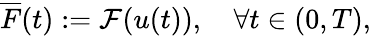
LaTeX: \overline{{F}}(t):=\mathcal{F}(u(t)),\quad\forall t\in(0,T),